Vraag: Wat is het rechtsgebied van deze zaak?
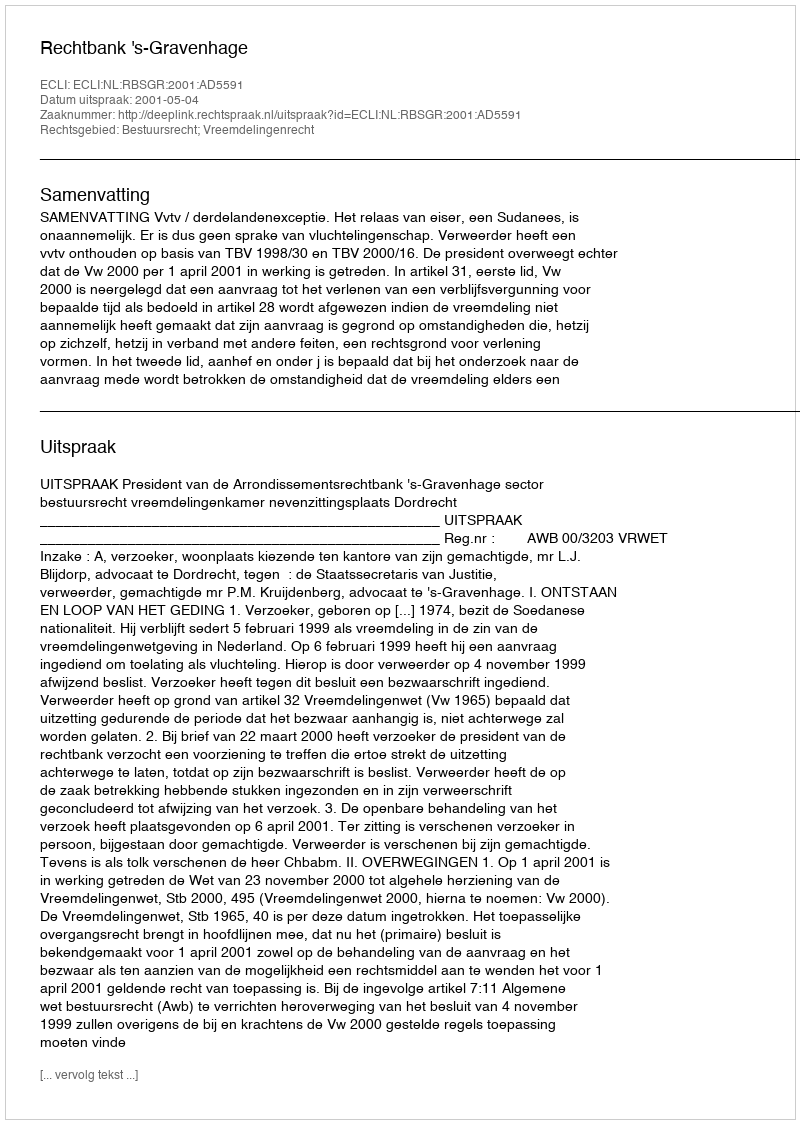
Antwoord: Bestuursrecht; Vreemdelingenrecht